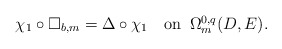
\begin{align*}\chi_1\circ\Box_{b,m}=\Delta\circ \chi_1\quad\mbox{on\,\,\,$\Omega^{0,q}_m(D, E)$}. \end{align*}